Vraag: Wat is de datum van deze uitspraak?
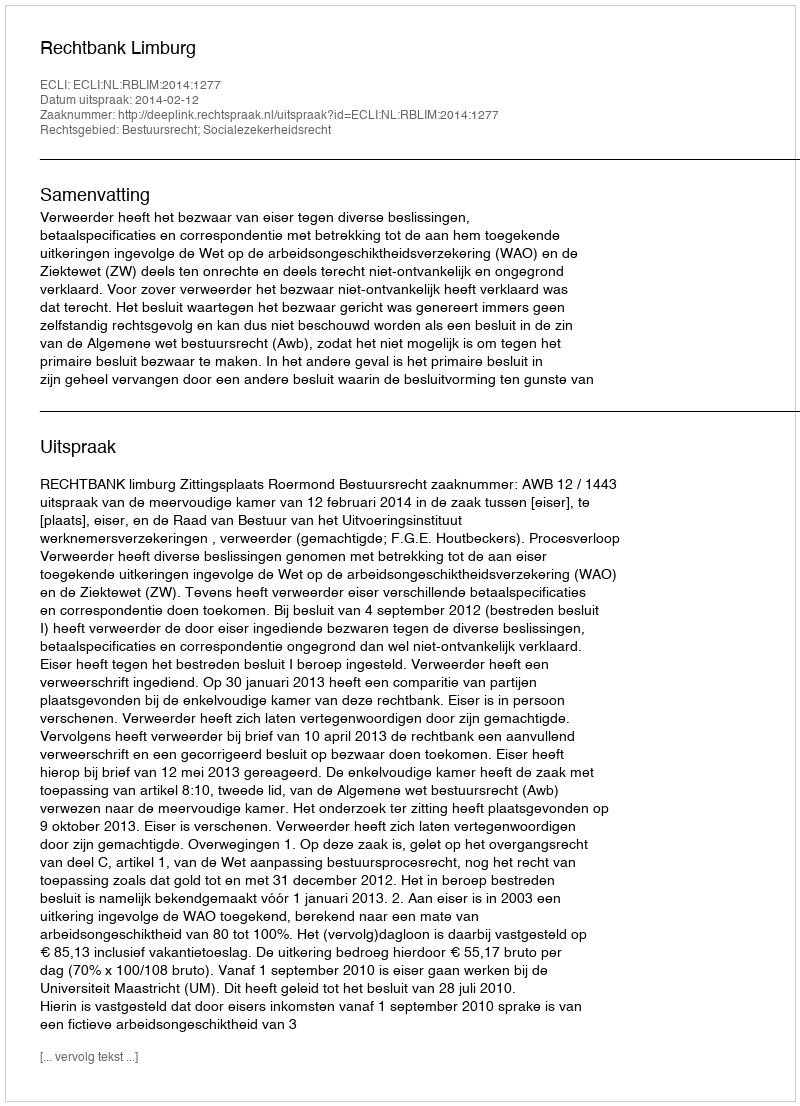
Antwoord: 2014-02-12